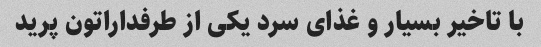
با تاخیر بسیار و غذای سرد یکی از طرفداراتون پرید